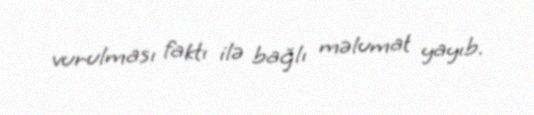
vurulması faktı ilə bağlı məlumat yayıb.